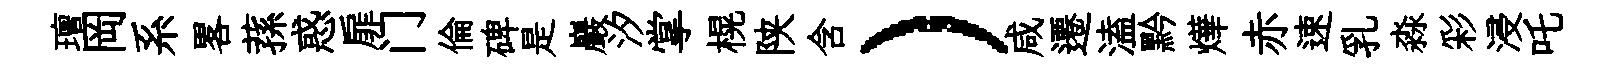
璮岡系畧蓀惑扉门倫碑是巖汐掌榥陕含）咸遷溘黔燁赤速乳淼彩浸吒